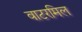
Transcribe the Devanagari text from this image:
वाटरमिल